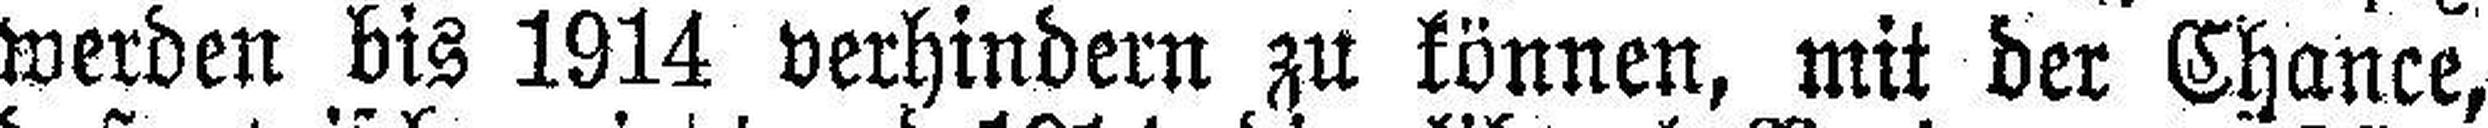
werden bis 1914 verhindern zu können, mit der Chance,